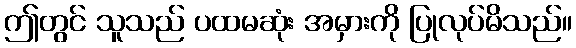
ဤတွင် သူသည် ပထမဆုံး အမှားကို ပြုလုပ်မိသည်။